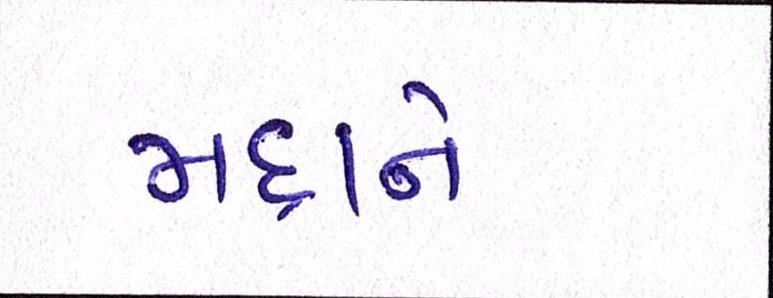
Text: મદ્દાને